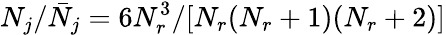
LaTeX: N_{j}/\bar{N}_{j}=6N_{r}^{3}/[N_{r}(N_{r}+1)(N_{r}+2)]